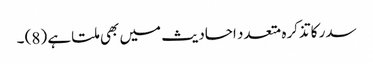
سدر کا تذکرہ متعدد احادیث میں بھی ملتا ہے (8) ۔